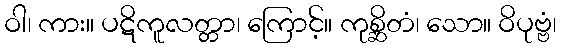
ဝါ၊ ကား။ ပဋိကူလတ္တာ၊ ကြောင့်။ ကုစ္ဆိတံ၊ သော။ ဝိပုဗ္ဗံ၊